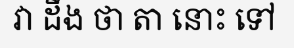
វា ដឹង ថា តា នោះ ទៅ